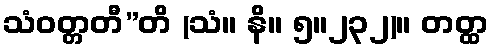
သံဝတ္တတီ”တိ (သံ။ နိ။ ၅။၂၃၂)။ တတ္ထ